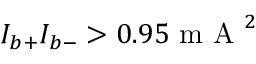
I _ { b + } I _ { b - } > 0 . 9 5 \mathrm { ~ m ~ A ~ } ^ { 2 }